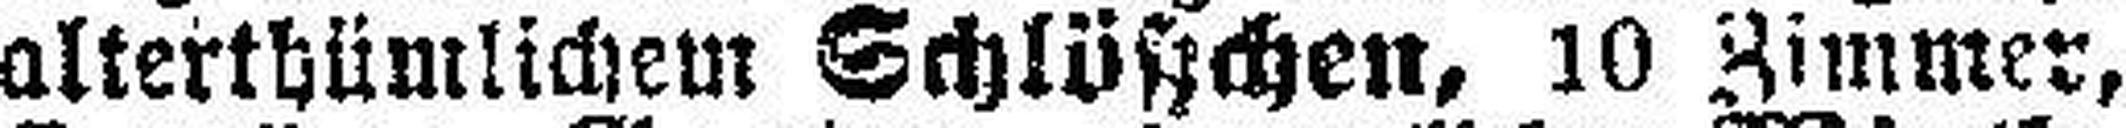
alterthümlichem Schlüßchen, 10 Zimmer,